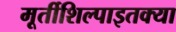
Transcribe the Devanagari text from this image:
मूर्तीशिल्पाइतक्या